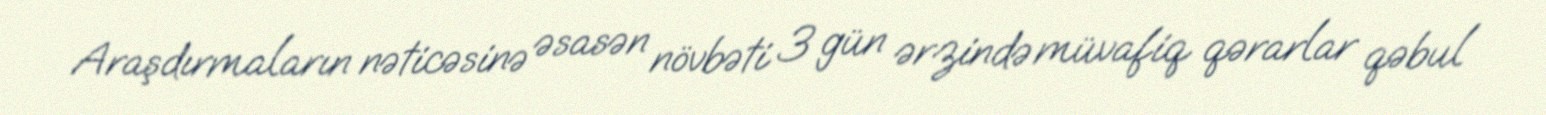
Araşdırmaların nəticəsinə əsasən növbəti 3 gün ərzində müvafiq qərarlar qəbul